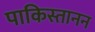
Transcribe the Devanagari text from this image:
पाकिस्तानन